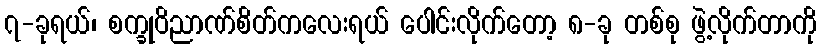
၇-ခုရယ်၊ စက္ခုဝိညာဏ်စိတ်ကလေးရယ် ပေါင်းလိုက်တော့ ၈-ခု တစ်စု ဖွဲ့လိုက်တာကို